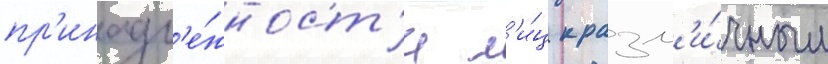
пр'инадл'е́жност'и л'и́ц к разл'и́чным